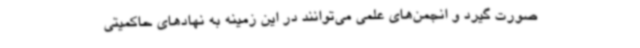
صورت گیرد و انجمن‌های علمی می‌توانند در این زمینه به نهادهای حاکمیتی